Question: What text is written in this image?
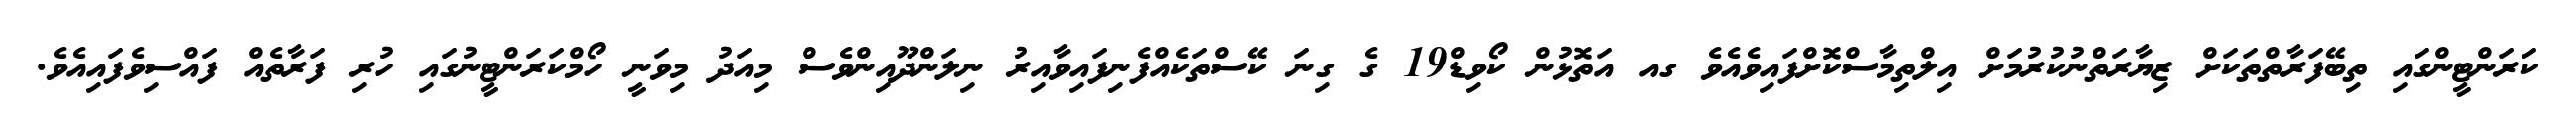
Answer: ކަރަންޓީންގައި ތިބޭފަރާތްތަކަށް ޒިޔާރަތްނުކުރުމަށް އިލްތިމާސްކޮށްފައިވެއެވެ ގއ އަތޮޅުން ކޯވިޑް19 ގެ ގިނަ ކޭސްތަކެއްފެނިފައިވާއިރު ނިލަންދޫއިންވެސް މިއަދު މިވަނީ ހޯމްކަރަންޓީނުގައި ހުރި ފަރާތެއް ފައްސިވެފައިއެވެ.